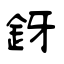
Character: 釾